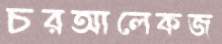
চরআলেকজ